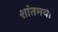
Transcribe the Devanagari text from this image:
शांतमयी